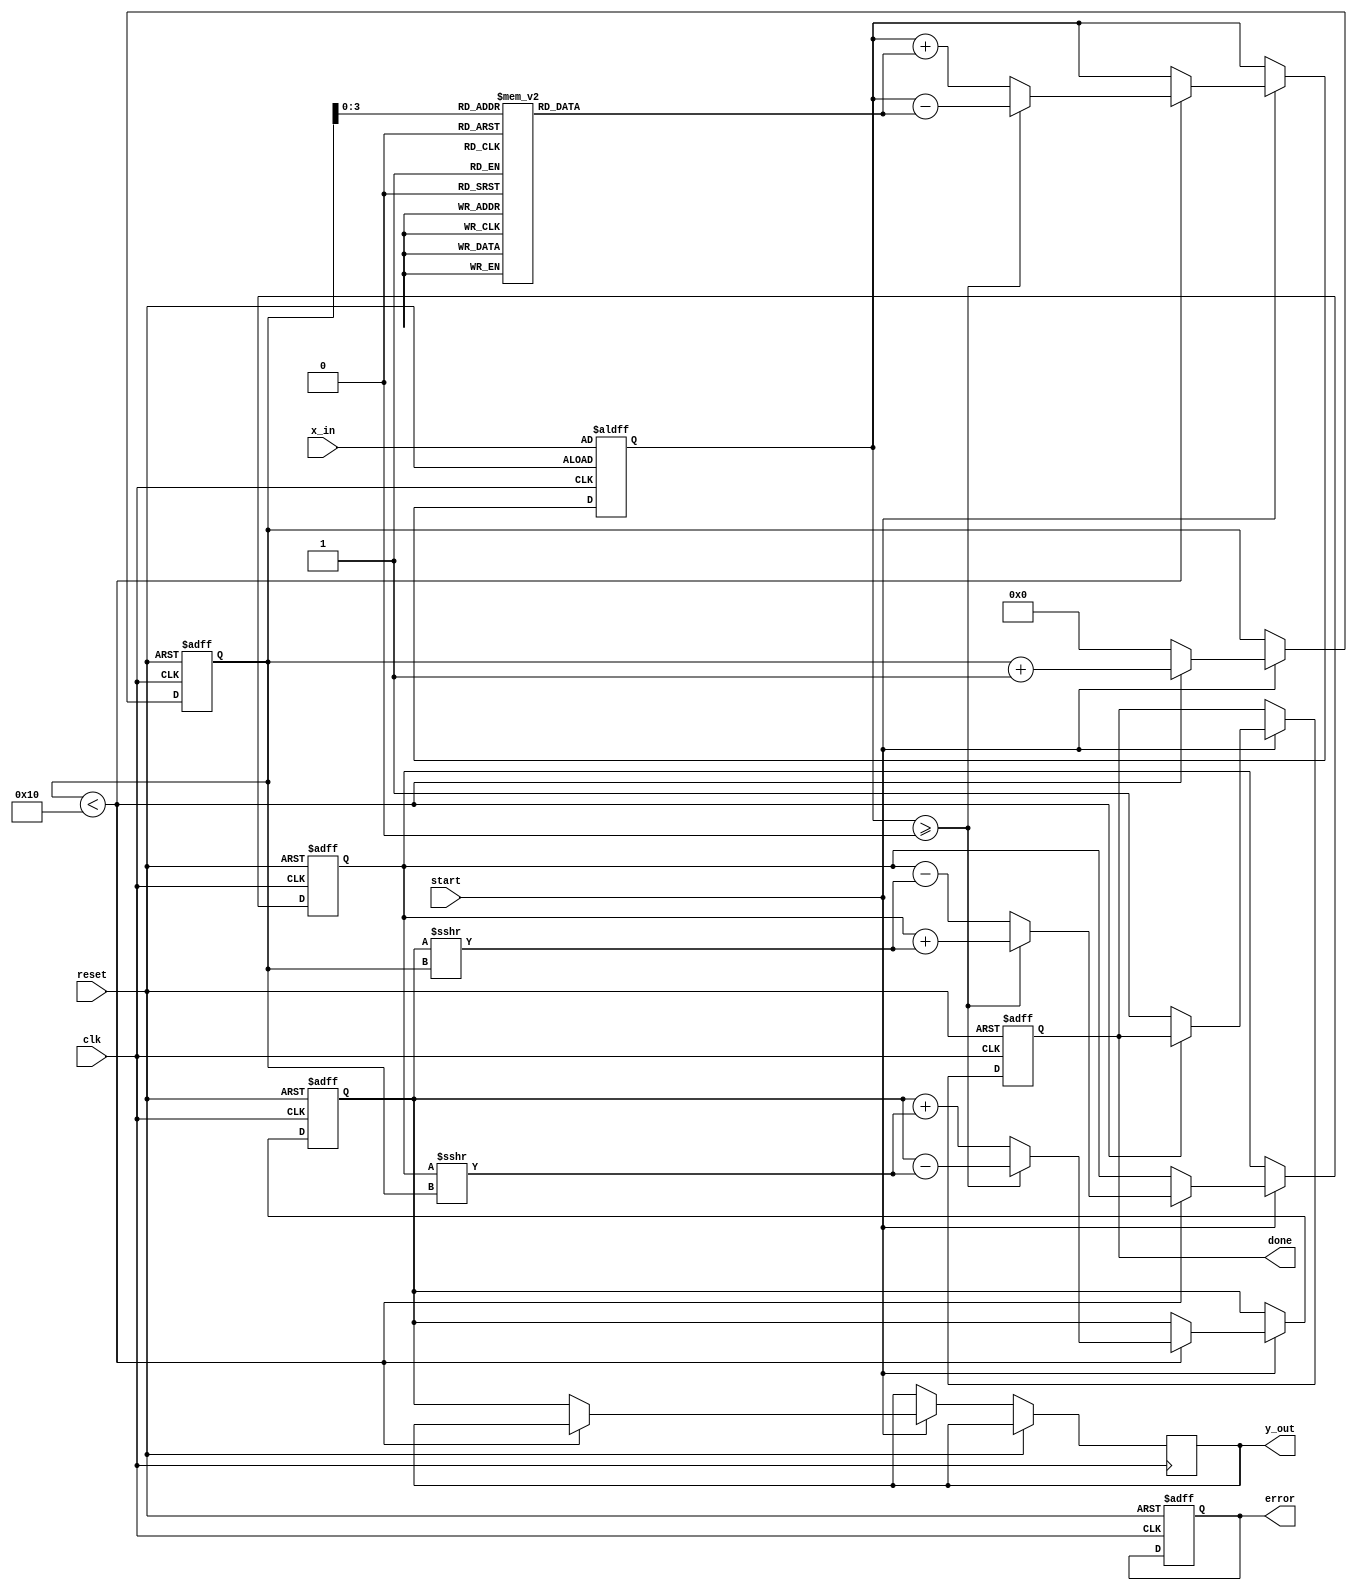
module cordic_exponential #(
    parameter DATA_WIDTH = 16,  // Input data width
    parameter ITERATIONS = 16    // Number of iterations for CORDIC
)(
    input wire clk,
    input wire reset,
    input wire start,
    input wire [DATA_WIDTH-1:0] x_in,  // Input exponent
    output reg [DATA_WIDTH-1:0] y_out,  // Output result
    output reg done,                    // Calculation complete signal
    output reg error                    // Error signal
);

    // Internal registers
    reg [DATA_WIDTH-1:0] x_reg;  // X register
    reg [DATA_WIDTH-1:0] y_reg;  // Y register
    reg [DATA_WIDTH-1:0] z_reg;  // Z register (angle)
    reg [4:0] iteration_count;    // Iteration counter
    reg [DATA_WIDTH-1:0] angle_table [0:ITERATIONS-1]; // Angle lookup table

    // Scaling factor for CORDIC
    localparam SCALING_FACTOR = 16'hB504; // Approximation of 1/sqrt(2)

    // Initialize angle lookup table for exponential calculations
    initial begin
        angle_table[0] = 16'h0000; // atan(1) = 0
        angle_table[1] = 16'h1C71; // atan(0.5) = 0.4636
        angle_table[2] = 16'h2D41; // atan(0.25) = 0.2449
        angle_table[3] = 16'h3A91; // atan(0.125) = 0.1244
        // Fill in more angles as needed for higher precision
    end

    // CORDIC iterative process
    always @(posedge clk or posedge reset) begin
        if (reset) begin
            x_reg <= SCALING_FACTOR; // Initial value for x
            y_reg <= 0;              // Initial value for y
            z_reg <= x_in;          // Load input exponent into z
            iteration_count <= 0;    // Reset iteration counter
            done <= 0;               // Reset done signal
            error <= 0;              // Reset error signal
        end else if (start) begin
            if (iteration_count < ITERATIONS) begin
                // CORDIC rotation logic
                if (z_reg >= 0) begin
                    // Rotate clockwise
                    x_reg <= x_reg - (y_reg >>> iteration_count);
                    y_reg <= y_reg + (x_reg >>> iteration_count);
                    z_reg <= z_reg - angle_table[iteration_count];
                end else begin
                    // Rotate counter-clockwise
                    x_reg <= x_reg + (y_reg >>> iteration_count);
                    y_reg <= y_reg - (x_reg >>> iteration_count);
                    z_reg <= z_reg + angle_table[iteration_count];
                end
                iteration_count <= iteration_count + 1;
            end else begin
                // Final output after iterations
                y_out <= x_reg; // The result of e^x is stored in y_reg
                done <= 1;      // Set done signal
                iteration_count <= 0; // Reset for next calculation
            end
        end
    end

endmodule